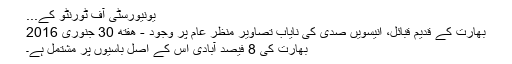
یونیورسٹی آف ٹورنٹو کے...
بھارت کے قدیم قبائل، انیسویں صدی کی نایاب تصاویر منظر عام پر وجود - هفته 30 جنوری 2016
بھارت کی 8 فیصد آبادی اس کے اصل باسیوں پر مشتمل ہے۔